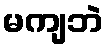
မကျဘဲ